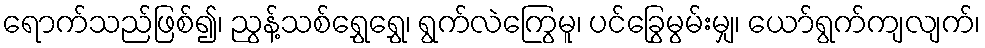
ရောက်သည်ဖြစ်၍၊ ညွန့်သစ်ရွှေရွှေ၊ ရွက်လဲကြွေမူ၊ ပင်ခြွေမွမ်းမျှ၊ ယော်ရွက်ကျလျက်၊